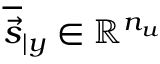
\overline { { \vec { s } } } _ { \vert y } \in \mathbb R ^ { n _ { u } }